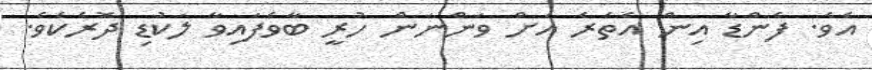
އެވެ. ފެންޑާ އިން އެތެރެ އަށް ވަންނަން ހުރީ ބާވެފައިވާ ލަކުޑި ދޮރެކެވެ.